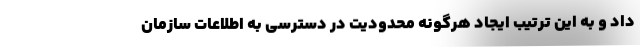
داد و به این ترتیب ایجاد هرگونه محدودیت در دسترسی به اطلاعات سازمان